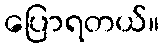
ပြောရတယ်။